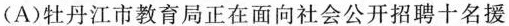
(A)牡丹江市教育局正在面向社会公开招聘十名援